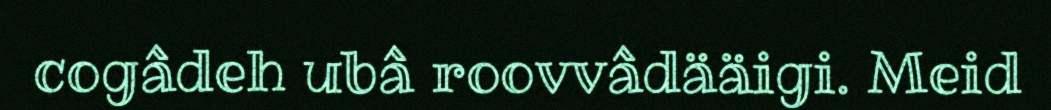
cogâdeh ubâ roovvâdääigi. Meid